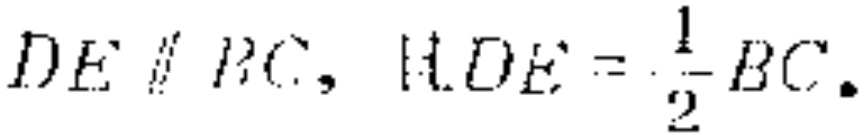
$DE \parallel BC,\text{且}DE = \frac{1}{2}BC.$